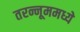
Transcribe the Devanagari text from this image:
तरन्नूममध्ये